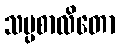
သမ္ပစာလိတော